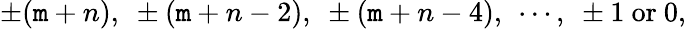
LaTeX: \pm(\mathtt{m}+n),~\pm(\mathtt{m}+n-2),~\pm(\mathtt{m}+n-4),~\cdots,~\pm1~\mathrm{{or}}~0,